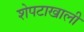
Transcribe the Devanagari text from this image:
शेपटाखाली